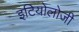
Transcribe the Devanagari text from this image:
इटियोलोजी